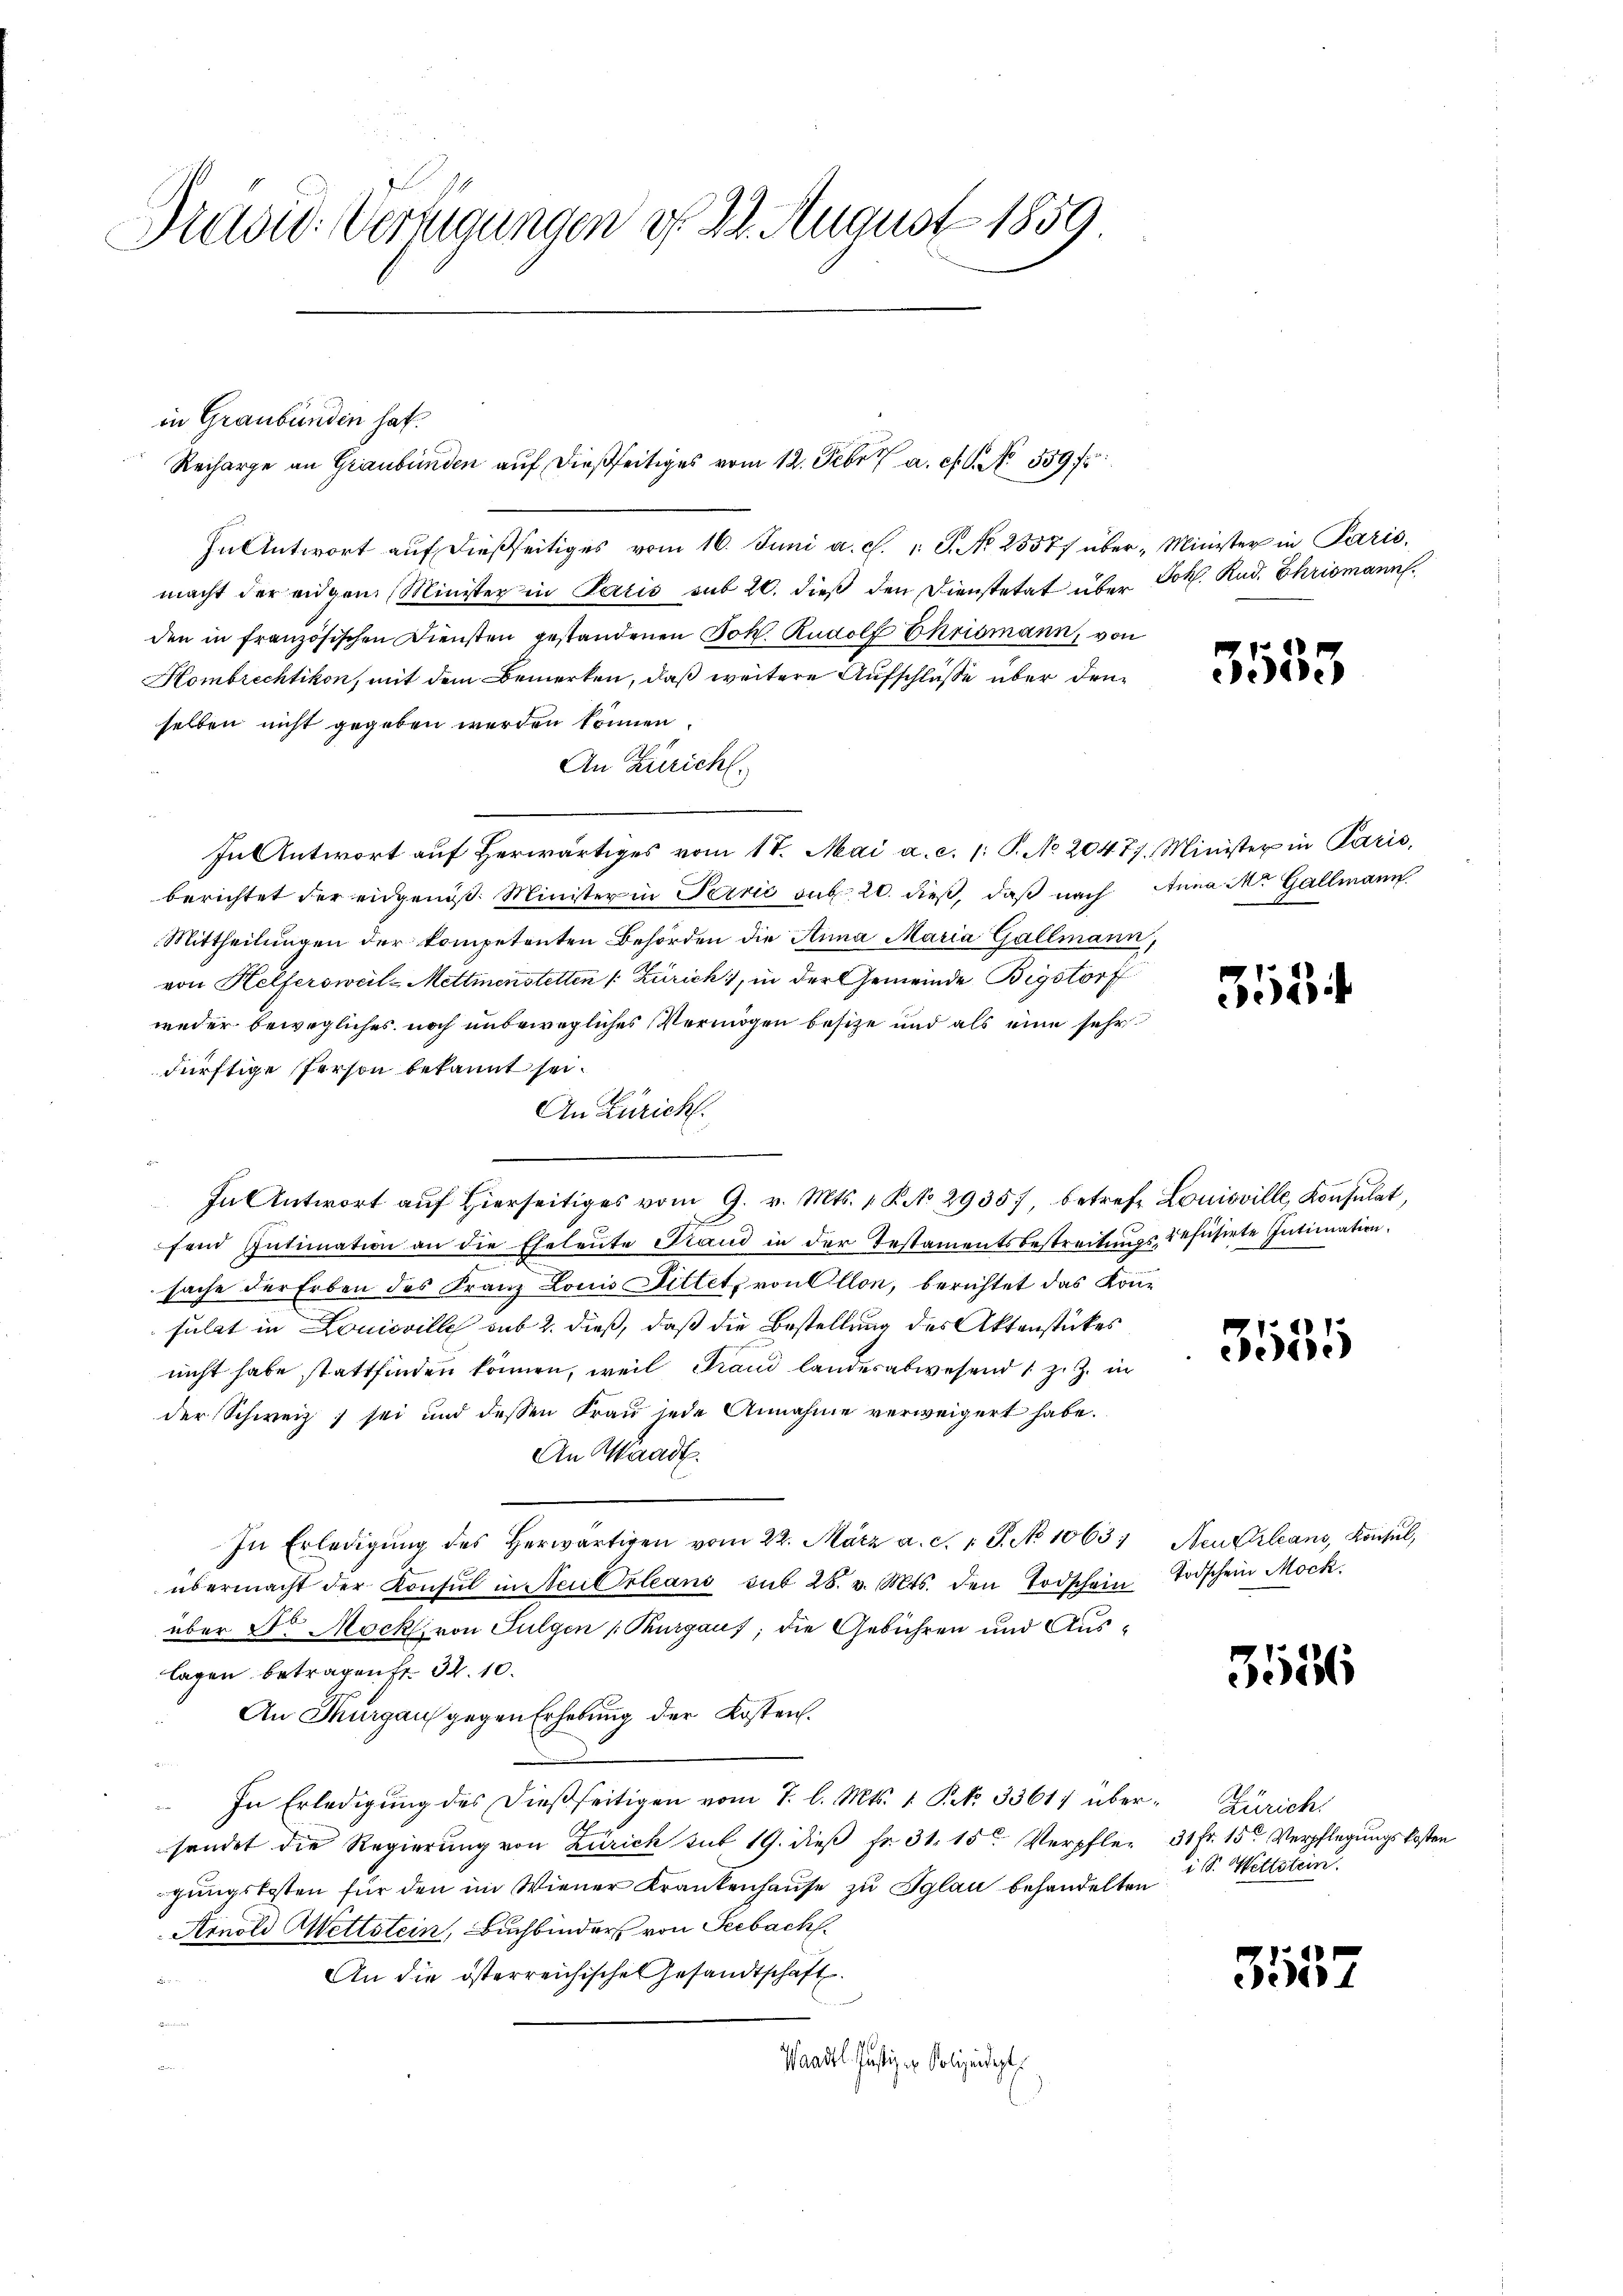
Diad: Verfügungen f 22. August 1859

In Antwort auf dießseitiges vom 16. Juni a. c. " J. No. 23577 über Minister in Paris,
macht der eigen Minister in Paris sub 20. dieß den Dienstetat über Joh. Rud. Chrismann.
den in französischen Diensten gestandenen Joh. Rudolf Ekrismann, von
Hombrechtikon, mit dem Bemerken, daß weitere Aufschlüße über den
selben nicht gegeben werden können.
An Züricht.
In Antwort aŭf herwärtiges vom 17. Mai a. c. 1: P. No. 20477. Minister in Paris,
berichtet der eidgenöß. Minister in Terrić sub 20. dieß, daß nach Anna Mr. Gallmann
Mittheilungen der kompetenten Behörden die Anna Maria Gallmann,
von Helfersweil-Mettmenstetten [Zürich, in der Gemeinde Bigstorf
weder bewegliches noch unbewegliches Vermögen besitze und als eine sehr
dürftige Person bekannt sei.
An Zürich.
In Antwort aŭf hierseitiges vom 9. v. Mts. 1 R. No 29357, betrefe Louisville, Konsulat,
fend Intimation an die Eheleute Stand in der Testamentsbestreitŭngs-Tefüsirte Intimation
sache der Erben des Franz Louis Bittet, von Allon, berichtet das Konsulat in Louisville sub 2. dieß, daß die Bestellung des Aktenstückes
nicht habe stattfinden können, weil Fand landesabwesend 1 z. Z. in
der Schweiz, sei und dessen Frau jede Annahme verweigert habe.
An Waadt.
In Erledigŭng des herwärtigen vom 22. März a. c. 1 S. No 1063
übermacht der Konsul in Neu Orleans sub 28. v. Mts. den Todschein Todschein Mock.
über Dr. Mock, von Sulgen Thurgaus; die Gebühren und Auslagen betragen fr. 32. 10.
An Thurgau gegen Erhebung der Kosten.
 In Erledigung des dießseitigen vom 7. l. Mts. 1. Frk. 3361) über- Zürich
sendet die Regierung von Zürich mit 19. dieβ fr. 31. 15 Verpfler 31 fr. 15t Verpflegungskosten
gungskosten für den im Wiener Krankenhause zu glau behandelten
Arnold Wettstein, Buchbinders von Seebach.
An die österreichische Gesandtschaft.
Br

Waadt Justiz in Polizeidigt

in Graubünden hat.

Recharge an Graubünden auf dießseitiges vom 12. Febr. a. c. No. 559

3553

552

3135

Neuchleans, Konsul,

3526

i S. Wettstein.

5552